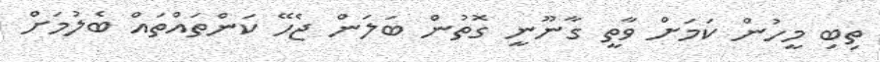
ތިބި މީހުން ކަމަށް ވާތީ ގާނޫނީ ގޮތުން ބަލަން ޖެހޭ ކަންތައްތައް ބެލުމަށް